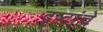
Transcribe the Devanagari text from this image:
दृष्टांचे